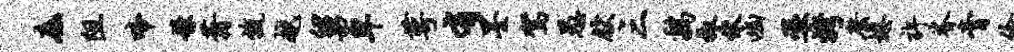
底阻啼嫌蓊旒越舅卑萼有墨驾愚献三鸡椒伏幽巫烤縻熄许脊膏伶